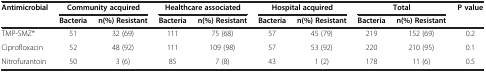
| Antimicrobial | <COLSPAN=2> Community acquired | <COLSPAN=2> Healthcare associated | <COLSPAN=2> Hospital acquired | <COLSPAN=2> Total | <ROWSPAN=2> P value |
 |  | Bacteria | n(%) Resistant | Bacteria | n(%) Resistant | Bacteria | n(%) Resistant | Bacteria | n(%) Resistant |
 | --- | --- | --- | --- | --- | --- | --- | --- | --- | --- |
 | TMP-SMZ* | 51 | 32 (69) | 111 | 75 (68) | 57 | 45 (79) | 219 | 152 (69) | 0.2 |
 | Ciprofloxacin | 52 | 48 (92) | 111 | 109 (98) | 57 | 53 (92) | 220 | 210 (95) | 0.1 |
 | Nitrofurantoin | 50 | 3 (6) | 85 | 7 (8) | 43 | 1 (2) | 178 | 11 (6) | 0.5 |